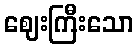
ဈေးကြီးသော